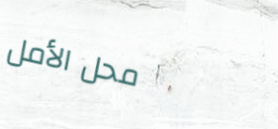
محل الأمل